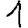
Digit: 1